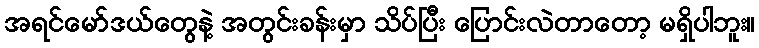
အရင်မော်ဒယ်တွေနဲ့ အတွင်းခန်းမှာ သိပ်ပြီး ပြောင်းလဲတာတော့ မရှိပါဘူး။